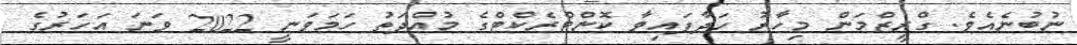
ނުބުނެއެވެ. ގްރީޒްމަން މިހާރު ހަދާފައިވާ ކޮންޓްރެކްޓްގެ މުއްދަތު ހަމަވަނީ 2022 ވަނަ އަހަރުގެ